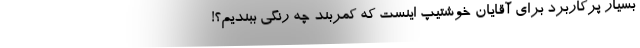
بسیار پرکاربرد برای آقایان خوشتیپ اینست که کمربند چه رنگی ببندیم؟!